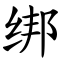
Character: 绑